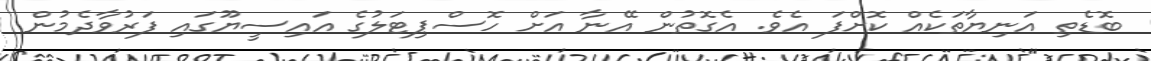
ބޮޑެތި އަނިޔާތަކެއް ކޮށްފަ އެވެ. އެގޮތުން އޭނާ އަށް ހޮސްޕިޓަލުގެ އައިސީޔޫގައި ފަރުވާދެމުން